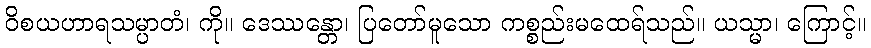
ဝိစယဟာရသမ္ပာတံ၊ ကို။ ဒေဿန္တော၊ ပြတော်မူသော ကစ္စည်းမထေရ်သည်။ ယသ္မာ၊ ကြောင့်။